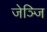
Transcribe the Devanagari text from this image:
जेञ्जि